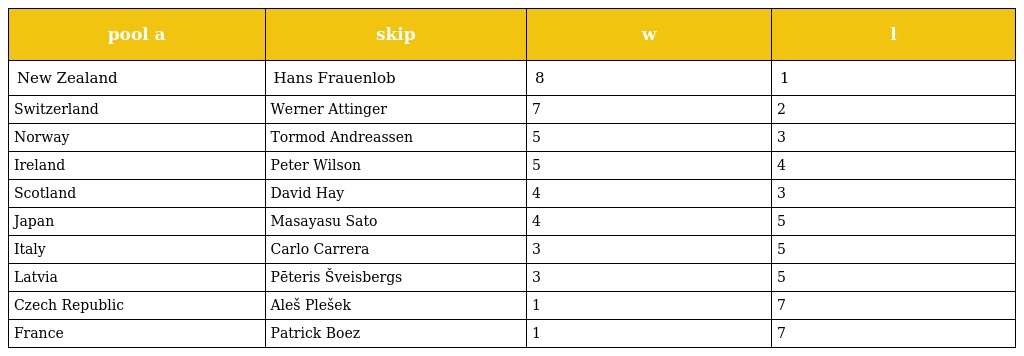
| pool a | skip | w | l |
 | --- | --- | --- | --- |
 | New Zealand | Hans Frauenlob | 8 | 1 |
 | Switzerland | Werner Attinger | 7 | 2 |
 | Norway | Tormod Andreassen | 5 | 3 |
 | Ireland | Peter Wilson | 5 | 4 |
 | Scotland | David Hay | 4 | 3 |
 | Japan | Masayasu Sato | 4 | 5 |
 | Italy | Carlo Carrera | 3 | 5 |
 | Latvia | Pēteris Šveisbergs | 3 | 5 |
 | Czech Republic | Aleš Plešek | 1 | 7 |
 | France | Patrick Boez | 1 | 7 |